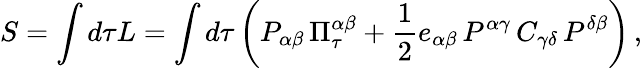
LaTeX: S=\int d\tau L=\int d\tau\left(P_{\alpha\beta}\, \Pi_{\tau}^{\alpha\beta}+{\frac{1}{2}}e_{\alpha\beta}\, P^{\alpha\gamma}\, C_{\gamma\delta}\, P^{\delta\beta}\right)\, ,